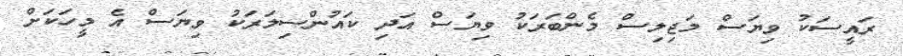
ރައީސަކު ވިޔަސް މަޖިލިސް މެންބަރަކު ވިޔަސް އަދި ކައުންސިލަރަކު ވިޔަސް އެ މީހަކަށް